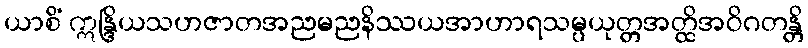
ယာစိံ ဣန္ဒြိယသဟဇာတအညမညနိဿယအာဟာရသမ္ပယုတ္တအတ္ထိအဝိဂတန္တိ